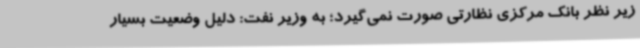
زیر نظر بانک مرکزی نظارتی صورت نمی‌گیرد؛ به وزیر نفت: دلیل وضعیت بسیار